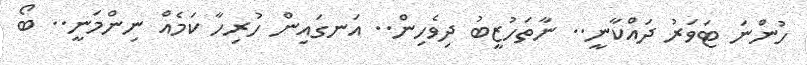
ހުންނަ ޓަވަރު ދައްކާނީ.. ނާތަހުޒީބު ދިވެހިން.. އަނގައިން ހުރިހާ ކަމެއް ނިންމަނީ.. ބޯ